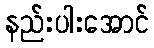
နည်းပါးအောင်